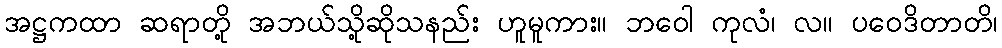
အဋ္ဌကထာ ဆရာတို့ အဘယ်သို့ဆိုသနည်း ဟူမူကား။ ဘဝေါ ကုလံ၊ လ။ ပဝေဒိတာတိ၊